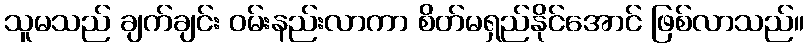
သူမသည် ချက်ချင်း ဝမ်းနည်းလာကာ စိတ်မရှည်နိုင်အောင် ဖြစ်လာသည်။